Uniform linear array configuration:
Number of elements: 32
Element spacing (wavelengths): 0.5
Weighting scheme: kaiser
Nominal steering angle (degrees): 60
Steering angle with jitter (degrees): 60.835
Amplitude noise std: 0.05
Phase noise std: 0.05

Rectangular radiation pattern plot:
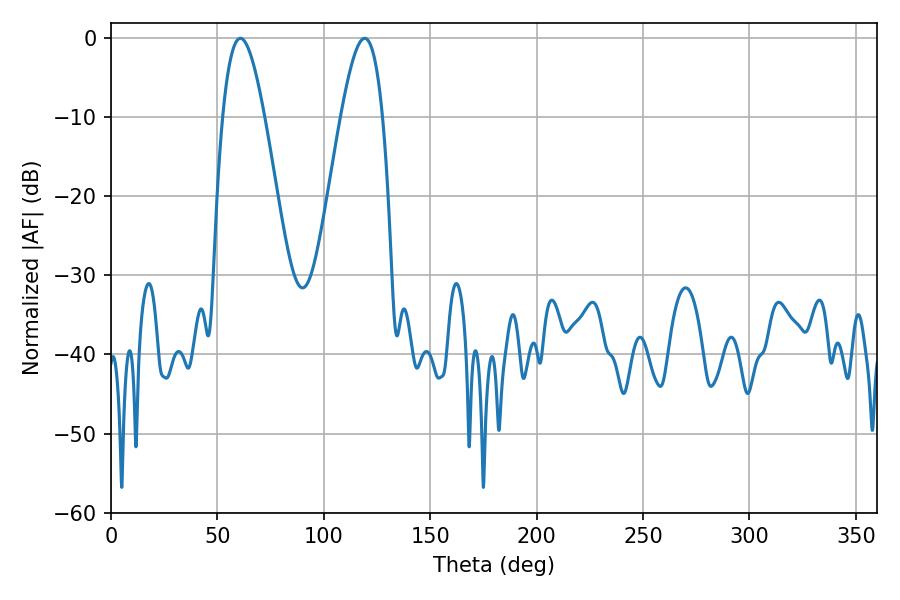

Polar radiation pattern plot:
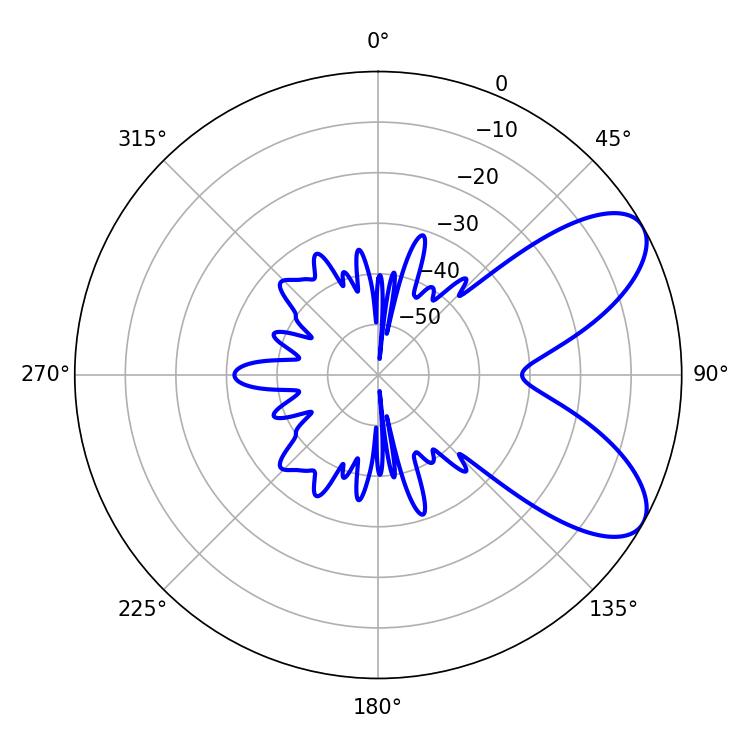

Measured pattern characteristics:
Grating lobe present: FALSE
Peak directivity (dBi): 7.519
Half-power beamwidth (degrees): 10.62
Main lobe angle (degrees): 60.84